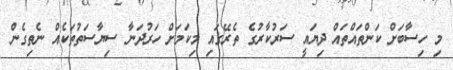
މި ހިސާބަށް ކަންތައްތައް ދިޔައީ ސަރުކާރުގެ ތެރޭގައި މިކަމަށް ހަރުދަނާ ސިޔާސަތުތަކެއް ނެތިގެން